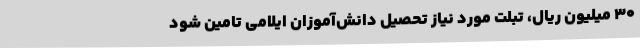
30 میلیون ریال، تبلت مورد نیاز تحصیل دانش‌آموزان ایلامی تامین شود